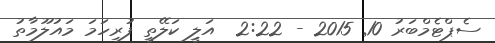
ސެޕްޓެމްބަރު 10